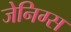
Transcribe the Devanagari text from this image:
जेनिग्स